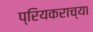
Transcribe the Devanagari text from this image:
प्रियकराच्या